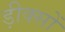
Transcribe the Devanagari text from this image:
ड़ीक्सों